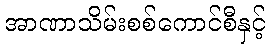
အာဏာသိမ်းစစ်ကောင်စီနှင့်